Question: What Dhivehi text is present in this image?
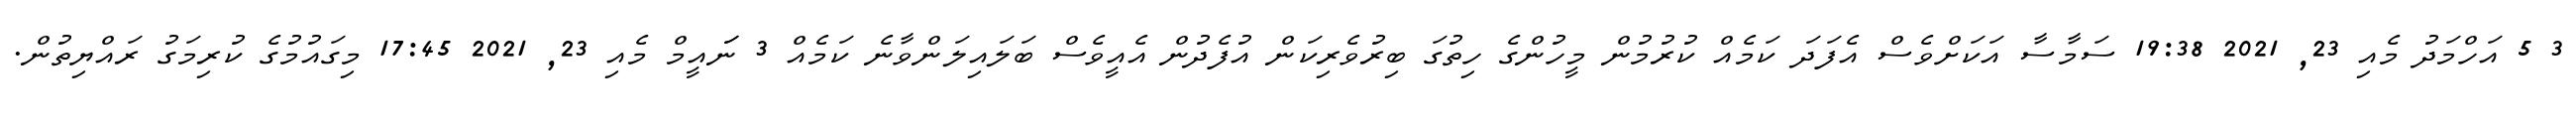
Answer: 3 5 އަހްމަދު މެއި 23, 2021 19:38 ސަމާސާ އަކަށްވެސް އެފަދަ ކަމެއް ކުރުމުން މީހުންގެ ހިތުގަ ބިރުވެރިކަން އުފެދުން އެއީވެސް ބަލައިލަންވާނެ ކަމެއް 3 ނަައީމް މެއި 23, 2021 17:45 މިގައުމުގެ ކުރިމަގު ރައްޔިތުން.